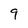
Character: 9